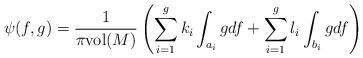
LaTeX: \begin{align*} \psi(f,g) =\frac{1}{\pi \mathrm{vol}(M)} \left(\sum_{i=1}^{g} k_i \int_{a_{i}} gdf + \sum_{i=1}^{g} l_i \int_{b_{i}} gdf\right)\end{align*}